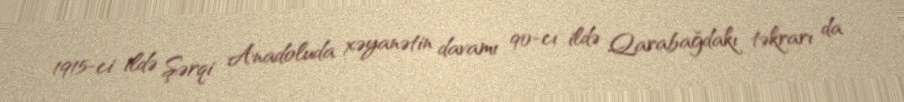
1915-ci ildə Şərqi Anadoluda xəyanətin davamı 90-cı ildə Qarabağdakı təkrarı da